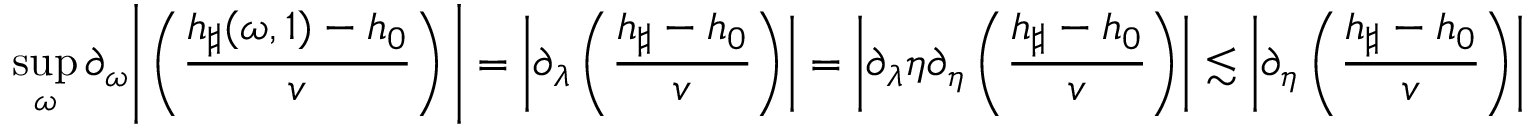
\operatorname* { s u p } _ { \omega } \partial _ { \omega } \Bigg | \left( \frac { h _ { \sharp } ( \omega , 1 ) - h _ { 0 } } { v } \right) \Bigg | = \left| \partial _ { \lambda } \left( \frac { h _ { \sharp } - h _ { 0 } } { v } \right) \right| = \left| \partial _ { \lambda } \eta \partial _ { \eta } \left( \frac { h _ { \sharp } - h _ { 0 } } { v } \right) \right| \lesssim \left| \partial _ { \eta } \left( \frac { h _ { \sharp } - h _ { 0 } } { v } \right) \right|